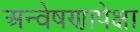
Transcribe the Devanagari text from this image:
अन्वेषणापेक्षा